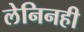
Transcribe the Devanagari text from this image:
लेनिनही